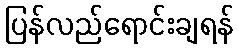
ပြန်လည်ရောင်းချရန်